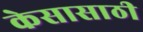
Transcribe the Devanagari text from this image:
केसासाठी